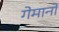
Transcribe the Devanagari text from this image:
गेमानो